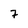
Character: 7